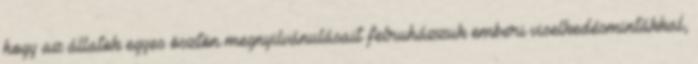
hogy az állatok egyes ösztön megnyilvánulásait felruházzuk emberi viselkedésmintákkal,